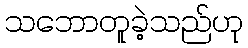
သဘောတူခဲ့သည်ဟု